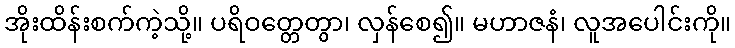
အိုးထိန်းစက်ကဲ့သို့။ ပရိဝတ္တေတွာ၊ လှန်စေ၍။ မဟာဇနံ၊ လူအပေါင်းကို။